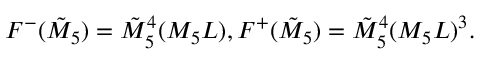
F ^ { - } ( \tilde { M } _ { 5 } ) = \tilde { M } _ { 5 } ^ { 4 } ( M _ { 5 } L ) , F ^ { + } ( \tilde { M } _ { 5 } ) = \tilde { M } _ { 5 } ^ { 4 } ( M _ { 5 } L ) ^ { 3 } .